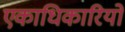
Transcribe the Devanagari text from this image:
एकाधिकारियो